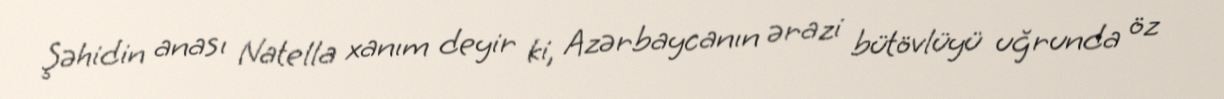
Şəhidin anası Natella xanım deyir ki, Azərbaycanın ərazi bütövlüyü uğrunda öz